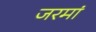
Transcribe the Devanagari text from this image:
जरमां